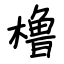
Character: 橹